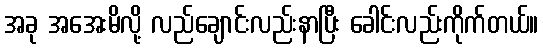
အခု အအေးမိလို့ လည်ချောင်းလည်းနာပြီး ခေါင်းလည်းကိုက်တယ်။